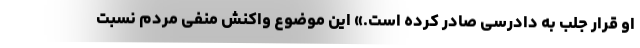
او قرار جلب به دادرسی صادر کرده است.» این موضوع واکنش منفی مردم نسبت